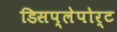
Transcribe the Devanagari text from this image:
डिसप्लेपोर्ट